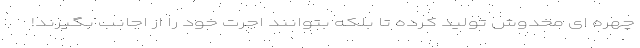
چهره ای مخدوش تولید کرده تا بلکه بتوانند اجرت خود را از اجانب بگیرند!